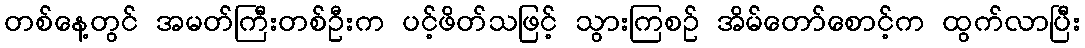
တစ်နေ့တွင် အမတ်ကြီးတစ်ဦးက ပင့်ဖိတ်သဖြင့် သွားကြစဉ် အိမ်တော်စောင့်က ထွက်လာပြီး